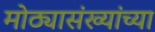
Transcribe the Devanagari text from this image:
मोठ्यासंख्यांच्या